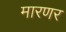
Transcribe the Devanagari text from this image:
मारणर